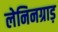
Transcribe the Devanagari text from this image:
लेनिनग्राड़